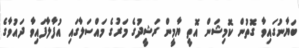
ބަޔާނުގައިވާ ގޮތުން ކޮމިޝަން އޮތީ ޔާމީން ރަޝީދުގެ މަރުގެ މައްސަލާގައި އުފާލާފައިވާ ދައުވާގެ